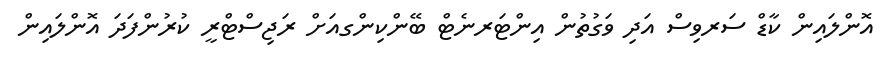
އޮންލައިން ކާޑް ސަރވިސް އަދި ވަގުތުން އިންޓަރނެޓް ބޭންކިންގއަށް ރަޖިސްޓްރީ ކުރުންފަދަ އޮންލައިން